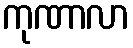
ကုဏာလာ